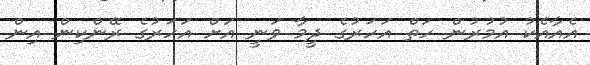
އެއާއެކު އުމުރުން ހަތް އަހަރުގެ ދީމާ ވަނީ އަށް އަހަރުގެ ރޭންކިން އިން